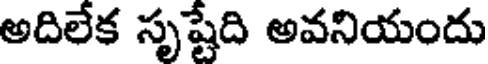
అదిలేక సృష్టేది అవనియందు